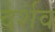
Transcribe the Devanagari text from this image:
दर्शव